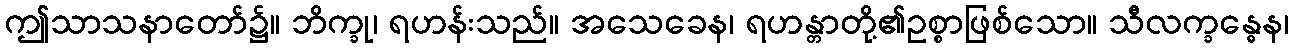
ဤသာသနာတော်၌။ ဘိက္ခု၊ ရဟန်းသည်။ အသေခေန၊ ရဟန္တာတို့၏ဥစ္စာဖြစ်သော။ သီလက္ခန္ဓေန၊